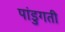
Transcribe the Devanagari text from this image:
पांडुगती